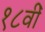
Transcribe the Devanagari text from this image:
१८वीँ